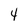
Character: 4